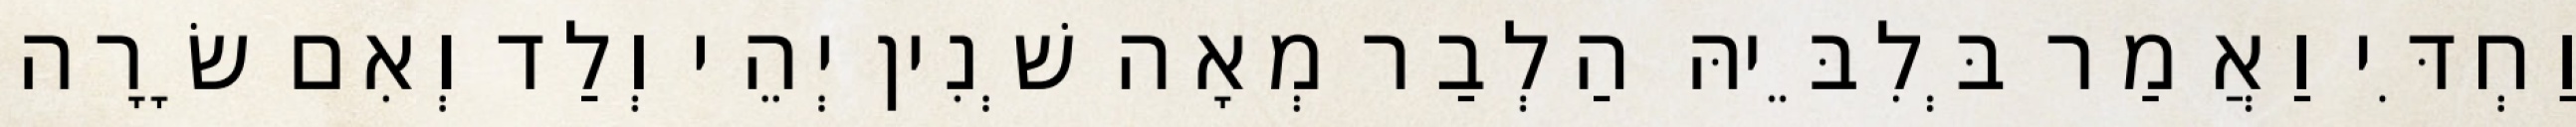
וַחְדִּי וַאֲמַר בְּלִבֵּיהּ הַלְבַר מְאָה שְׁנִין יְהֵי וְלַד וְאִם שָׂרָה